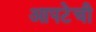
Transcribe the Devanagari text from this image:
आपटेची